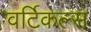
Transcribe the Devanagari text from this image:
वर्टिकल्स